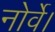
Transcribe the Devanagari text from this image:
नोर्वे।